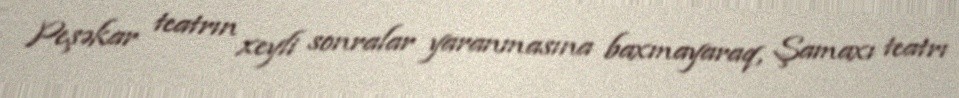
Peşəkar teatrın xeyli sonralar yaranmasına baxmayaraq, Şamaxı teatrı